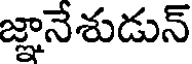
జ్ఞానేశుడున్